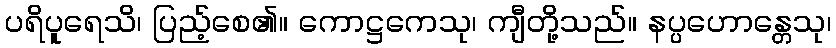
ပရိပူရေသိ၊ ပြည့်စေ၏။ ကောဋ္ဌကေသု၊ ကျီတို့သည်။ နပ္ပဟောန္တေသု၊